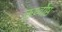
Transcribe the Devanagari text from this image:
ऊर्ध्वोष्ठ